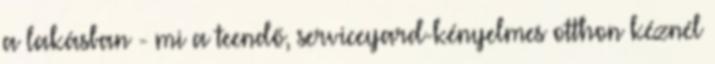
a lakásban - mi a teendő, serviceyard-kényelmes otthon kéznél